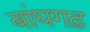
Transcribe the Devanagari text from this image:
बांघगढ़